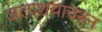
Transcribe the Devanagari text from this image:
जलाशयावरून